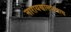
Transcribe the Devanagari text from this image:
नारायणासारखाच